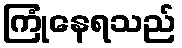
ကြုံနေရသည်